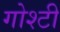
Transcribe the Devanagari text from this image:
गोश्टी